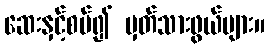
ဆေးနှင့်စပ်၍ မှတ်သားဖွယ်များ။